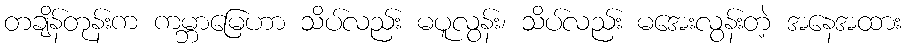
တချိန်တုန်းက ကမ္ဘာမြေဟာ သိပ်လည်း မပူလွန်း၊ သိပ်လည်း မအေးလွန်းတဲ့ အနေအထား